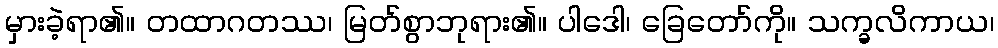
မှားခဲ့ရာ၏။ တထာဂတဿ၊ မြတ်စွာဘုရား၏။ ပါဒေါ၊ ခြေတော်ကို။ သက္ခလိကာယ၊